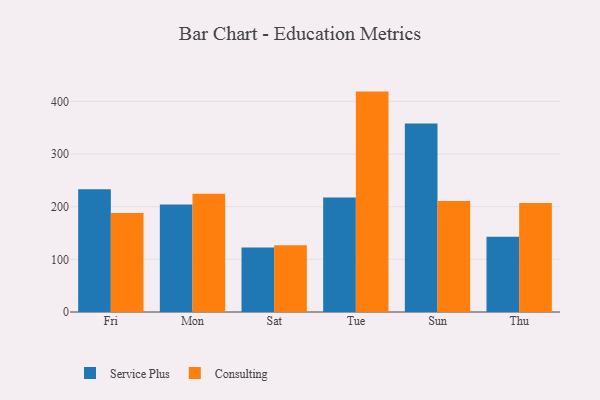
{"axis": {"x": "Day", "y": "Active Users"}, "legend": ["Consulting", "Service Plus"], "data": [{"x": "Fri", "y": 233.0, "type": "Service Plus"}, {"x": "Fri", "y": 188.1, "type": "Consulting"}, {"x": "Mon", "y": 204.3, "type": "Service Plus"}, {"x": "Mon", "y": 224.8, "type": "Consulting"}, {"x": "Sat", "y": 122.5, "type": "Service Plus"}, {"x": "Sat", "y": 126.6, "type": "Consulting"}, {"x": "Tue", "y": 217.4, "type": "Service Plus"}, {"x": "Tue", "y": 418.6, "type": "Consulting"}, {"x": "Sun", "y": 357.9, "type": "Service Plus"}, {"x": "Sun", "y": 211.0, "type": "Consulting"}, {"x": "Thu", "y": 143.1, "type": "Service Plus"}, {"x": "Thu", "y": 206.9, "type": "Consulting"}]}